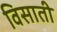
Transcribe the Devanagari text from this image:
विसाती